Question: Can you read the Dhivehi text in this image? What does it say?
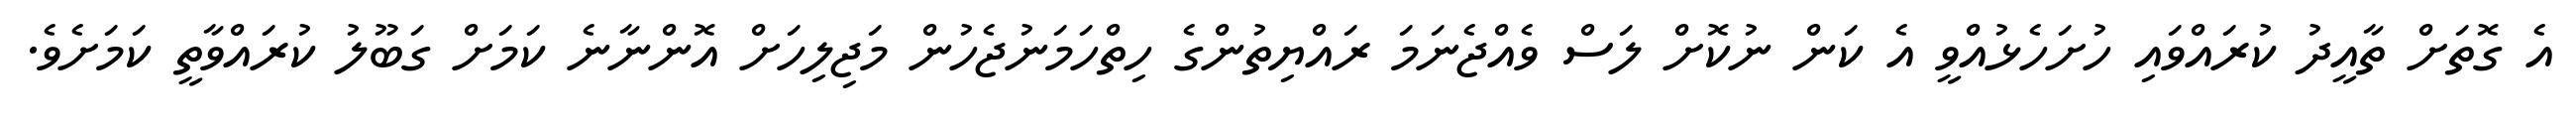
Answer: އެ ގޮތަށް ތާއީދު ކުރައްވައި ހުށަހެޅުއްވީ އެ ކަން ނުކޮށް ލަސް ވެއްޖެނަމަ ރައްޔިތުންގެ ހިތްހަމަނުޖެހުން މަޖިލިހަށް އޮންނާނެ ކަމަށް ގަބޫލު ކުރައްވާތީ ކަމަށެވެ.